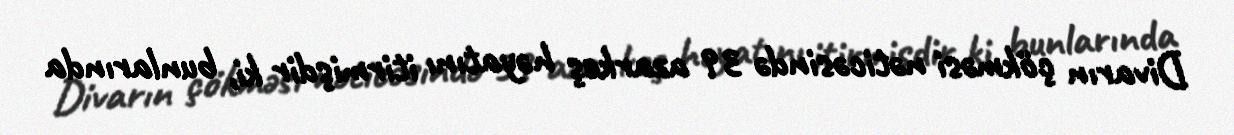
Divarın çökməsi nəticəsində 39 azarkeş həyatını itirmişdir ki, bunlarında